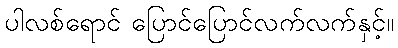
ပါလစ်ရောင် ပြောင်ပြောင်လက်လက်နှင့်။